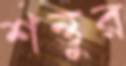
শন্তুর